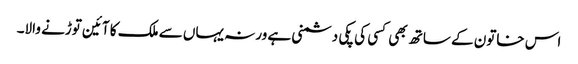
اس خاتون کے ساتھ بھی کسی کی پکی دشمنی ہے ورنہ یہاں سے ملک کا آئین توڑنے والا۔